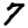
Digit: 7